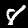
Label: 8